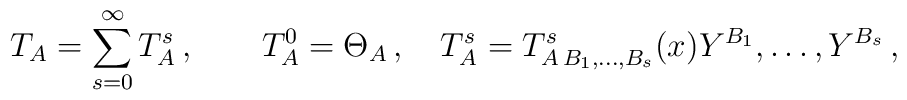
T_A=\sum_{s=0}^{\infty}T^s_{A}\,,\qquad T^0_A=\Theta_A\,,\quad  T^s_A=T^s_{A\, B_1,\ldots , B_s}(x)Y^{B_1},\ldots , Y^{B_s}\,,